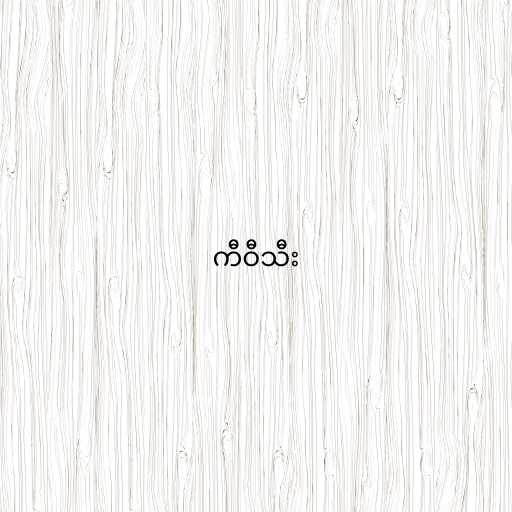
ကီဝီသီး